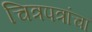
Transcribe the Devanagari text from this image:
चित्रपत्रांचा